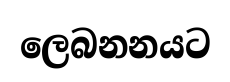
ලෙබනනයට